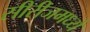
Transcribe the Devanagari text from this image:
सीरीजमध्ये